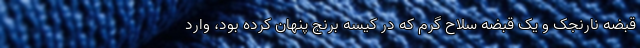
قبضه نارنجک و یک قبضه سلاح گرم که در کیسه برنج پنهان کرده بود، وارد